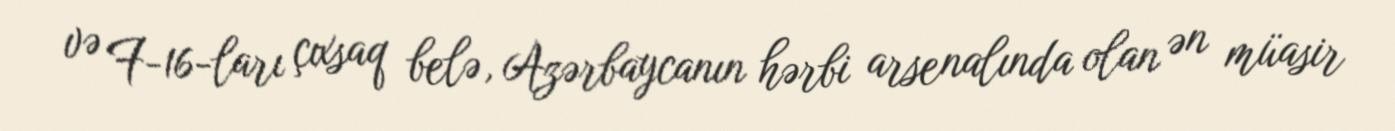
və F-16-ları çıxsaq belə, Azərbaycanın hərbi arsenalında olan ən müasir